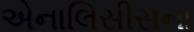
એનાલિસીસના